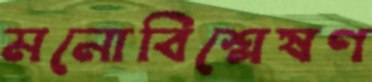
মনোবিশ্লেষণ